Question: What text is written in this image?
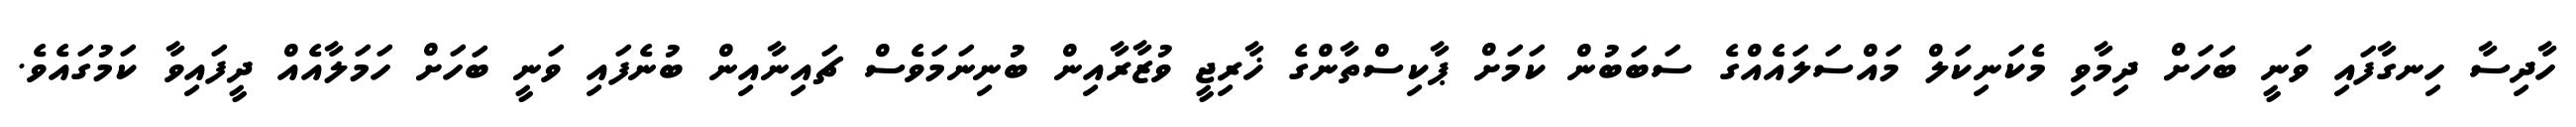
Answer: ހާދިސާ ހިނގާފައި ވަނީ ބަހަށް ދިމާވި މެކަނިކަލް މައްސަލައެއްގެ ސަބަބުން ކަމަށް ޕާކިސްތާންގެ ޚާރިޖީ ވުޒާރާއިން ބުނިނަމަވެސް ޗައިނާއިން ބުނެފައި ވަނީ ބަހަށް ހަމަލާއެއް ދީފައިވާ ކަމުގައެވެ.